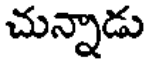
చున్నాడు